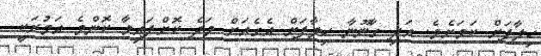
ހިލާފަށް ކަމަށެވެ. އަދި ގާނޫނާ ހިލާފަށް އެގެއަށް ވަދެ ކޮށްފައިވާ ކޮންމެ އަމުރަކީ